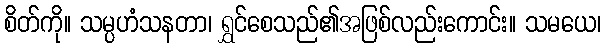
စိတ်ကို။ သမ္ပဟံသနတာ၊ ရွှင်စေသည်၏အဖြစ်လည်းကောင်း။ သမယေ၊